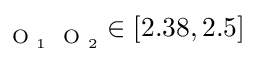
_ { \mathrm { ~ \scriptsize ~ O ~ } _ { 1 } \mathrm { ~ \scriptsize ~ O ~ } _ { 2 } } \in [ 2 . 3 8 , 2 . 5 ]